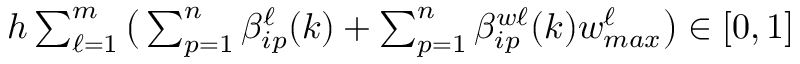
h \textstyle \sum _ { \ell = 1 } ^ { m } \big ( \textstyle \sum _ { p = 1 } ^ { n } \beta _ { i p } ^ { \ell } ( k ) + \textstyle \sum _ { p = 1 } ^ { n } \beta _ { i p } ^ { w \ell } ( k ) w _ { m a x } ^ { \ell } \big ) \in [ 0 , 1 ]